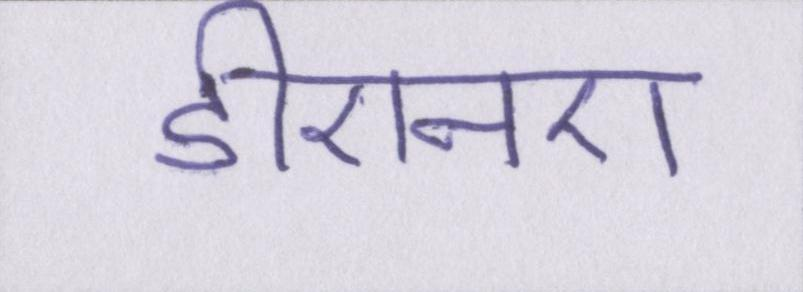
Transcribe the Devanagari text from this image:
डीएनए